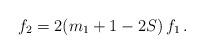
LaTeX: \begin{align*} f_2 = 2(m_1+1-2S) \, f_1\,.\end{align*}